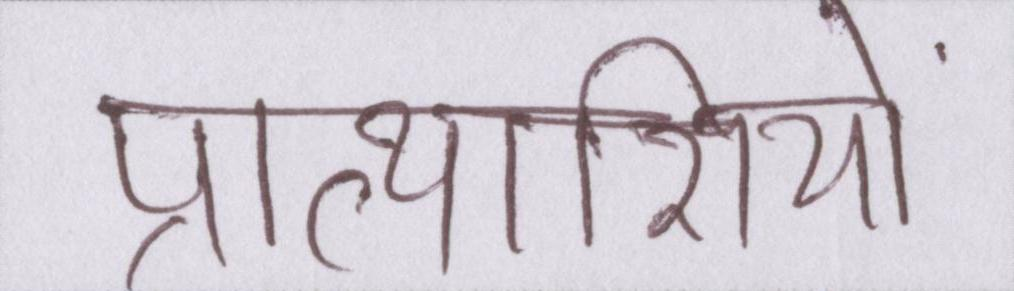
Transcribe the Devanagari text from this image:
प्रत्याशियों